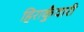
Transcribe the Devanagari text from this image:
हिराकुँवारी